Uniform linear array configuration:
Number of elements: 64
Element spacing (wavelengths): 0.5
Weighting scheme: blackman
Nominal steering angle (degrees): -30
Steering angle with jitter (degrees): -31.961
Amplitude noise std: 0.05
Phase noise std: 0.05

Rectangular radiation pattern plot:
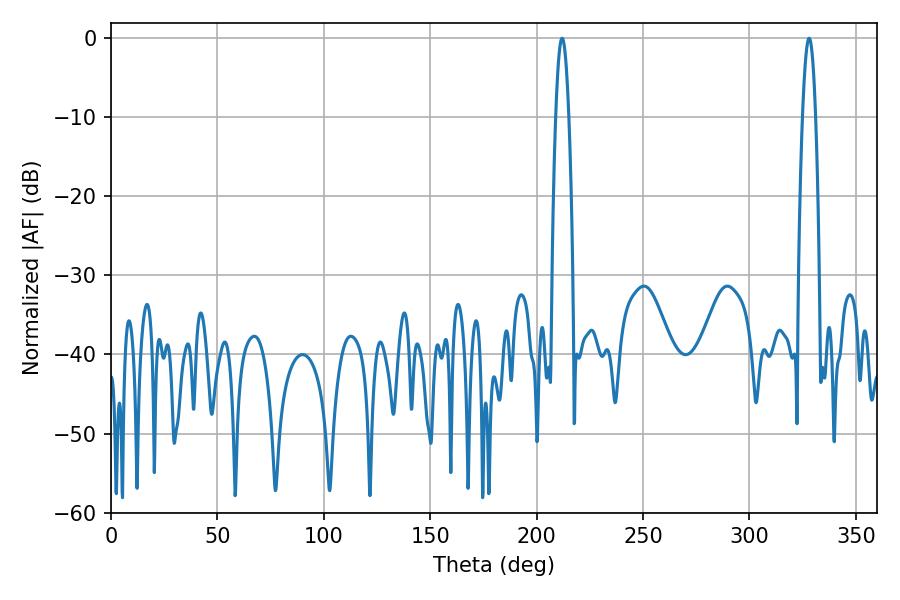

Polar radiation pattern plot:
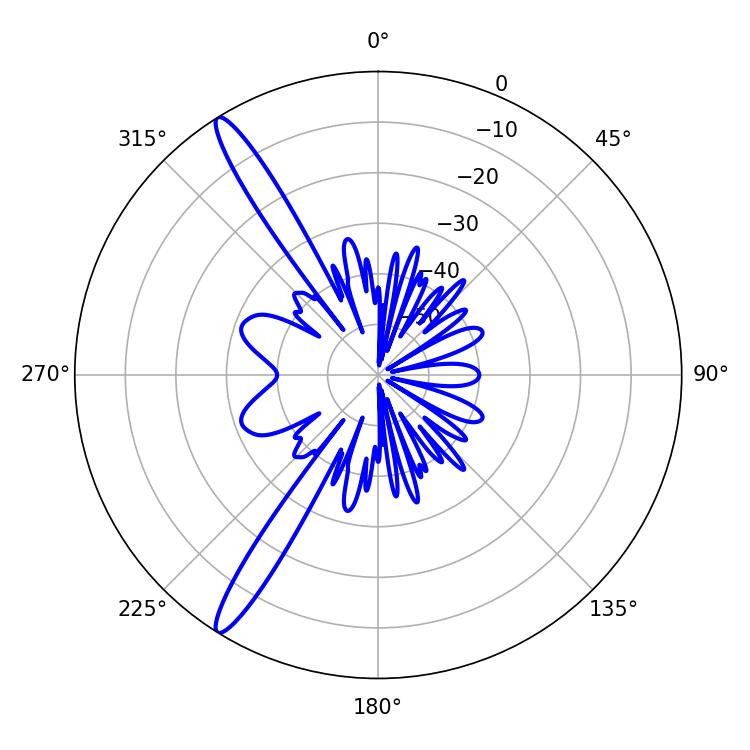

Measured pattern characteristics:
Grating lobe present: FALSE
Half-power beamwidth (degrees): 3.42
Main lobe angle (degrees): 212.04